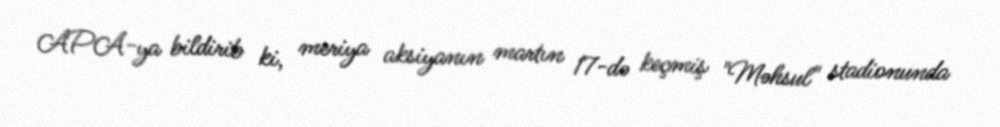
APA-ya bildirib ki, meriya aksiyanın martın 17-də keçmiş "Məhsul" stadionunda